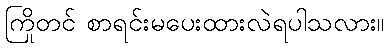
ကြိုတင် စာရင်းမပေးထားလဲရပါသလား။